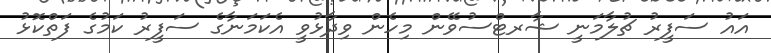
އައު ސަފީރު ޗުލާމަނީ ޝާރޓްސުވޭން މިހެން ވިދާޅުވީ އެކަމަނާގެ ސަފީރު ކަމުގެ ފަތްކޮޅު